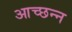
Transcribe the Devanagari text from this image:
आच्छन्‍न